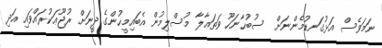
ނަމަވެސް އަޅުގަނޑުމެންނަށް  ސުބުޙާނަހޫ ވަތަޢާލާ މުސްލިމުން އެބައިމީހުންގެ ދީނަށް ރުޖޫޢަކުރައްވައި އަދި